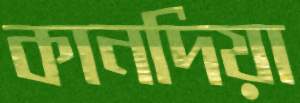
কানদিয়া